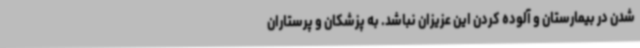
شدن در بیمارستان و آلوده کردن این عزیزان نباشد. به پزشکان و پرستاران